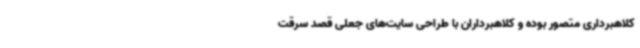
کلاهبرداری متصور بوده و کلاهبرداران با طراحی سایت‌های جعلی قصد سرقت